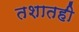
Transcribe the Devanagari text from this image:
तशातही